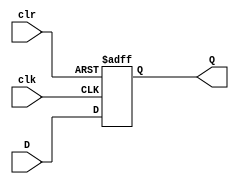
module async_clear_d_ff (
    input D,
    input clk,
    input clr,
    output reg Q
);

always @(posedge clk or negedge clr)
begin
    if (!clr)
        Q <= 1'b0;
    else
        Q <= D;
end

endmodule